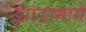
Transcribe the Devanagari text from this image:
झाडामागे